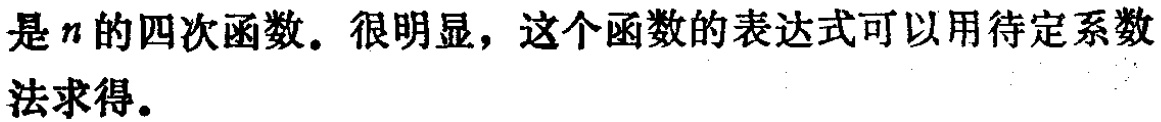
是\(n\)的四次函数。很明显，这个函数的表达式可以用待定系数法求得。